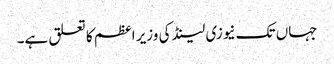
جہاں تک نیوزی لینڈ کی وزیر اعظم کا تعلق ہے۔